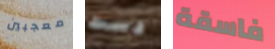
معجبين دست فاسقة